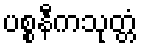
ပစ္စနီကသုတ္တံ